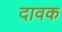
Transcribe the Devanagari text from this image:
दावक